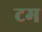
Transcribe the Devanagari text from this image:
टम